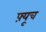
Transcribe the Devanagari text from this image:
फ़्यूच